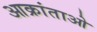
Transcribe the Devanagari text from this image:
आक्रांताओ